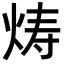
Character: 𬊍